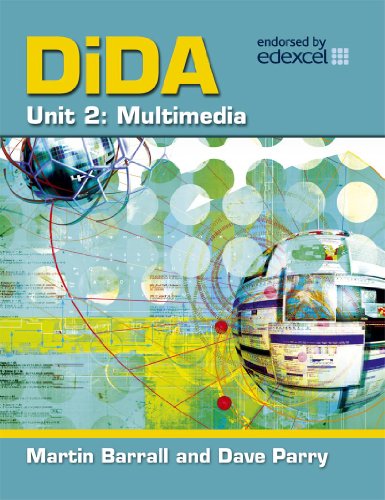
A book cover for Dida Multimedia; Martin Barrall; Children's Books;